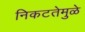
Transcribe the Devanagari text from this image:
निकटतेमुळे